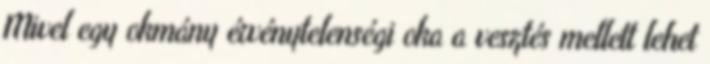
Mivel egy okmány érvénytelenségi oka a vesztés mellett lehet